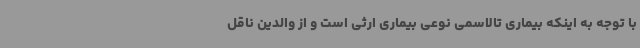
با توجه به اینکه بیماری تالاسمی نوعی بیماری ارثی است و از والدین ناقل